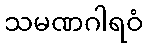
သမဏဂါရဝံ